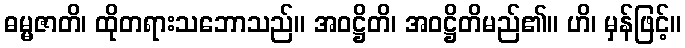
ဓမ္မဇာတိ၊ ထိုတရားသဘောသည်။ အဝဋ္ဌိတိ၊ အဝဋ္ဌိတိမည်၏။ ဟိ၊ မှန်ဖြင့်။